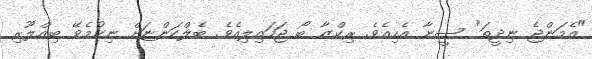
"އެމަންޖެ ނިދީތަ" ސީނާ އެހިއެވެ. ރިކްޒާ ބޯ ޖަހައިލިއެވެ. ބެލްކަންޏަށް ނިކުމެވޭ ބިއްލޫރި